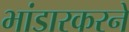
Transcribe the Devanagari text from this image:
भांडारकरने